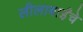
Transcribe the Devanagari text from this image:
लीलाबाईंचे